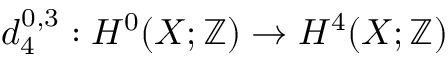
d _ { 4 } ^ { 0 , 3 } : H ^ { 0 } ( X ; \mathbb { Z } ) \to H ^ { 4 } ( X ; \mathbb { Z } )